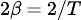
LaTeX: \scriptstyle 2\beta\ =\ 2/T